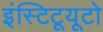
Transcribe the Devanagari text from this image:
इंस्टिटूयूटो